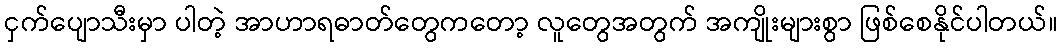
ငှက်ပျောသီးမှာ ပါတဲ့ အာဟာရဓာတ်တွေကတော့ လူတွေအတွက် အကျိုးများစွာ ဖြစ်စေနိုင်ပါတယ်။